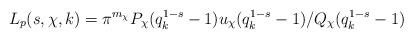
LaTeX: \begin{align*} L_p(s,\chi,k) = \pi^{m_\chi} P_\chi(q_k^{1-s}-1) u_\chi(q_k^{1-s}-1)/Q_\chi(q_k^{1-s}-1)\end{align*}